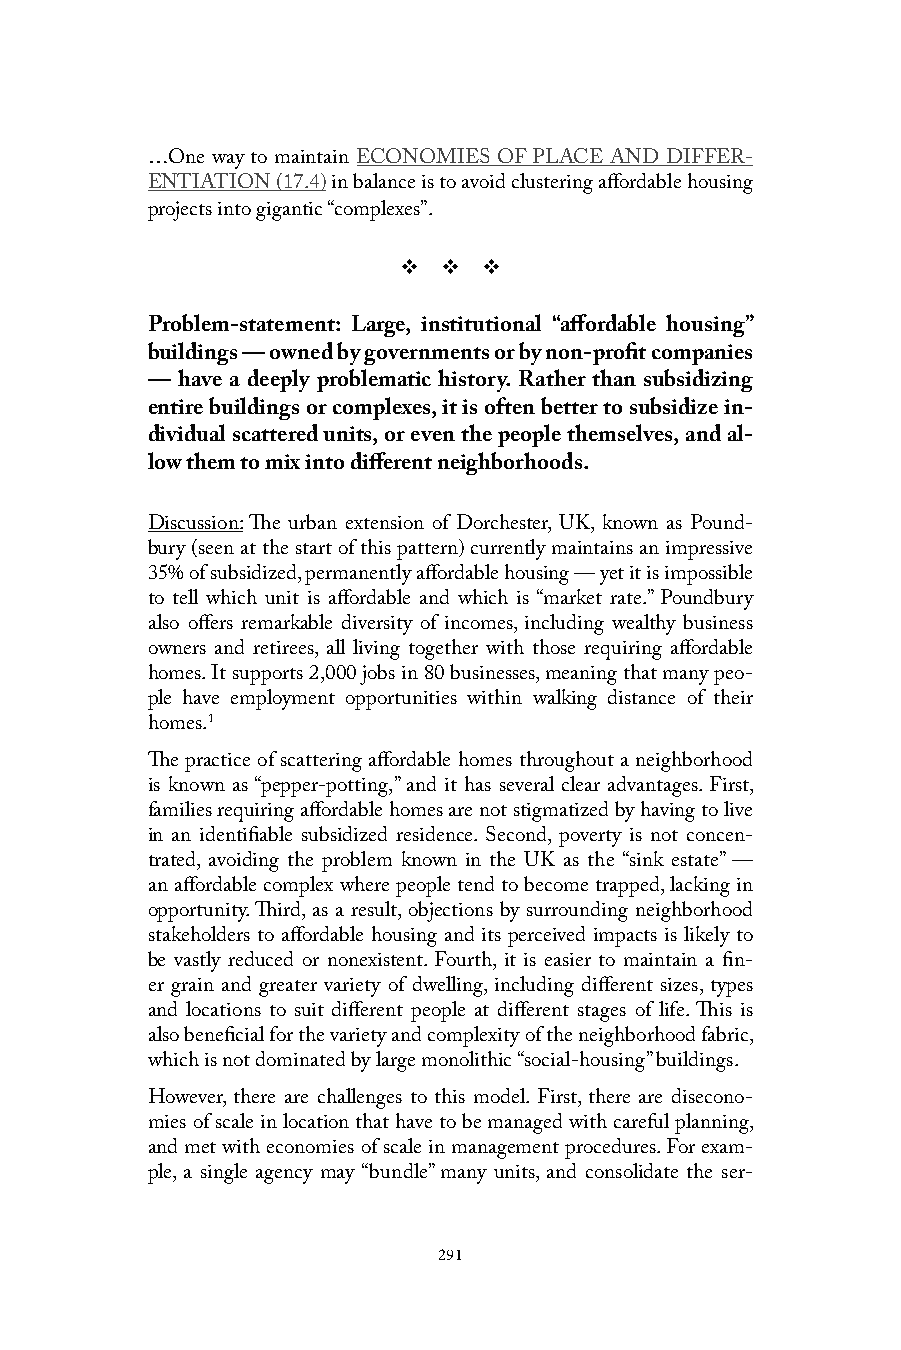
…One way to maintain ECONOMIES OF PLACE AND DIFFER-
 ENTIATION (17.4) in balance is to avoid clustering affordable housing
 projects into gigantic “complexes”.
 v  v  v
 Problem-statement: Large, institutional “affordable housing”
 buildings — owned by governments or by non-profit companies
 — have a deeply problematic history. Rather than subsidizing
 entire buildings or complexes, it is often better to subsidize in-
 dividual scattered units, or even the people themselves, and al-
 low them to mix into different neighborhoods.
 Discussion: The urban extension of Dorchester, UK, known as Pound-
 bury (seen at the start of this pattern) currently maintains an impressive
 35% of subsidized, permanently affordable housing — yet it is impossible
 to tell which unit is affordable and which is “market rate.” Poundbury
 also offers remarkable diversity of incomes, including wealthy business
 owners and retirees, all living together with those requiring affordable
 homes. It supports 2,000 jobs in 80 businesses, meaning that many peo-
 ple have employment opportunities within walking distance of their
 homes.1
 The practice of scattering affordable homes throughout a neighborhood
 is known as “pepper-potting,” and it has several clear advantages. First,
 families requiring affordable homes are not stigmatized by having to live
 in an identifiable subsidized residence. Second, poverty is not concen-
 trated, avoiding the problem known in the UK as the “sink estate” —
 an affordable complex where people tend to become trapped, lacking in
 opportunity. Third, as a result, objections by surrounding neighborhood
 stakeholders to affordable housing and its perceived impacts is likely to
 be vastly reduced or nonexistent. Fourth, it is easier to maintain a fin-
 er grain and greater variety of dwelling, including different sizes, types
 and locations to suit different people at different stages of life. This is
 also beneficial for the variety and complexity of the neighborhood fabric,
 which is not dominated by large monolithic “social-housing” buildings.
 However, there are challenges to this model. First, there are disecono-
 mies of scale in location that have to be managed with careful planning,
 and met with economies of scale in management procedures. For exam-
 ple, a single agency may “bundle” many units, and consolidate the ser-
 291